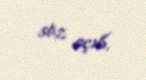
söz açıb.